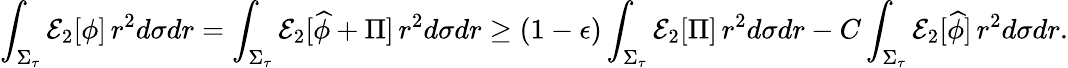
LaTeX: \int_{\Sigma_{\tau}}\mathcal{E}_{2}[\phi]\, r^{2}d\sigma dr=\int_{\Sigma_{\tau}}\mathcal{E}_{2}[\widehat{\phi}+\Pi]\, r^{2}d\sigma dr\geq(1-\epsilon)\int_{\Sigma_{\tau}}\mathcal{E}_{2}[\Pi]\, r^{2}d\sigma dr-C\int_{\Sigma_{\tau}}\mathcal{E}_{2}[\widehat{\phi}]\, r^{2}d\sigma dr.